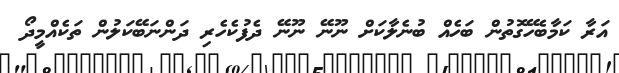
އަރާ ކަމާބެހޭގޮތުން ބަހެއް ބުނެލާކަށް ނޫނޭ ނޫނޭ ދެފުކެހެރި ދަންނަބޭކަލުން ތަކެއްމީދޯ